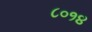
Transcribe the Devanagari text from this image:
८०१४